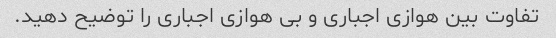
تفاوت بین هوازی اجباری و بی هوازی اجباری را توضیح دهید.